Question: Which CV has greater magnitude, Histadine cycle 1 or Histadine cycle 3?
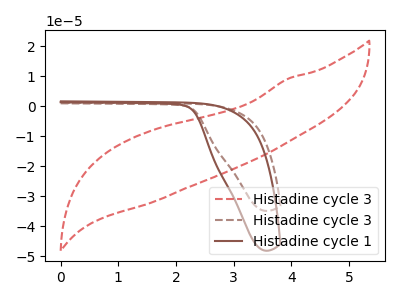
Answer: <think>The red dashed curve "Histadine cycle 3" has no peaks. The brown dashed curve "Histadine cycle 3" has no peaks. The brown curve "Histadine cycle 1" has no peaks.
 Neither "Histadine cycle 1" or "Histadine cycle 3" have any peaks.</think>
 <answer>I cant tell if "Histadine cycle 1" or "Histadine cycle 3" has more signal.</answer>
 <eval>mixed_signal</eval>